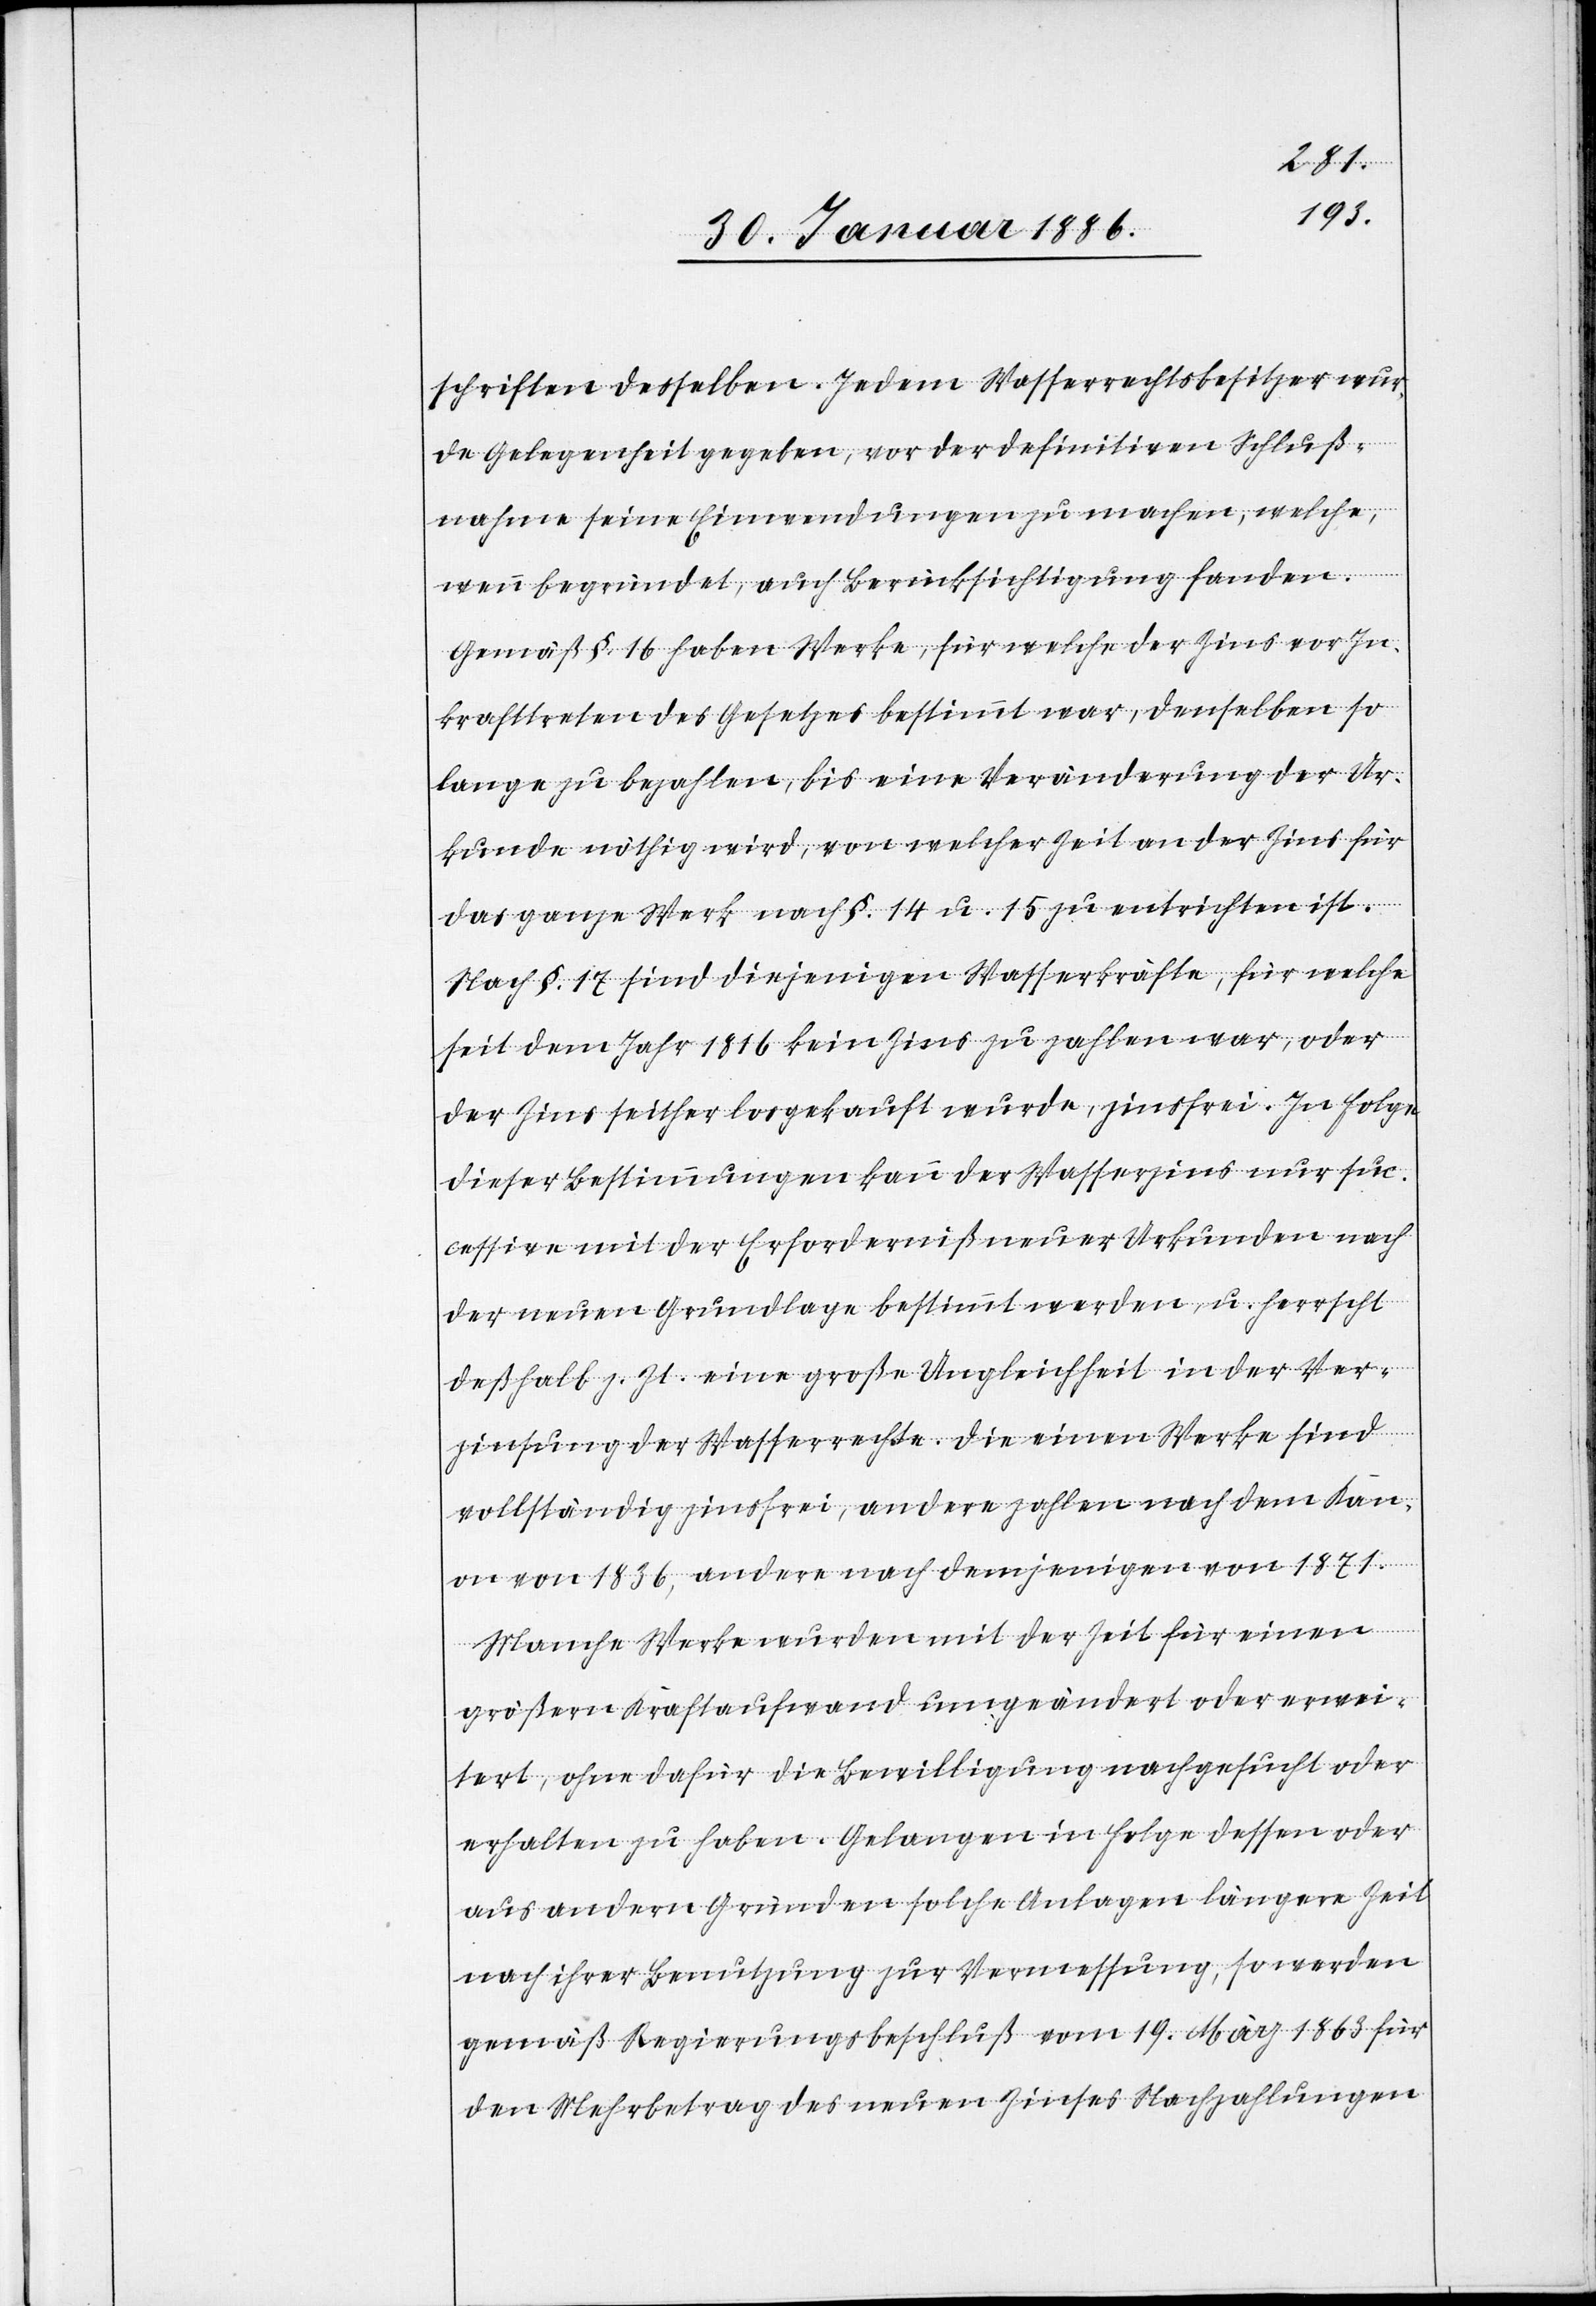
schriften desselben. Jedem Wasserrechtsbesitzer wur¬
de Gelegenheit gegeben, vor der definitiven Schluß¬
nahme seine Einwendungen zu machen, welche,
wenn begründet, auch Berücksichtigung fanden.
Gemäß §. 16 haben Werke, für welche der Zins vor In¬
krafttreten des Gesetzes bestimmt war, denselben so
lange zu bezahlen, bis eine Veränderung der Ur¬
kunde nöthig wird, von welcher Zeit an der Zins für
das ganze Werk nach §. 14 u. 15 zu entrichten ist.
Nach §. 17 sind diejenigen Wasserkräfte, für welche
seit dem Jahr 1816 kein Zins zu zahlen war, oder
der Zins seither losgekauft wurde, zinsfrei. In Folge
dieser Bestimmungen kann der Wasserzins nur suc¬
cessive mit der Erforderniß neuer Urkunden nach
der neuen Grundlage bestimmt werden, u. herrscht
deßhalb z. Zt. eine große Ungleichheit in der Ver¬
zinsung der Wasserrechte. Die einen Werke sind
vollständig zinsfrei, andere zahlen nach dem Kan¬
on von 1836, andere nach demjenigen von 1871.
Manche Werke wurden mit der Zeit für einen
größern Kraftaufwand umgeändert oder erwei¬
tert, ohne dafür die Bewilligung nachgesucht oder
erhalten zu haben. Gelangen in Folge dessen oder
aus andern Gründen solche Anlagen längere Zeit
nach ihrer Benutzung zur Vermessung, so werden
gemäß Regierungsbeschluß vom 19. März 1863 für
den Mehrbetrag des neuen Zinses Nachzahlungen